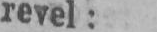
revel: